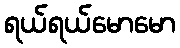
ရယ်ရယ်မောမော